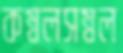
কম্বলসম্বল